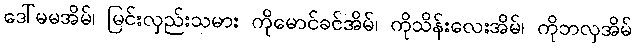
ဒေါ်မမအိမ်၊ မြင်းလှည်းသမား ကိုမောင်ခင်အိမ်၊ ကိုသိန်းလေးအိမ်၊ ကိုဘလှအိမ်